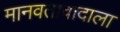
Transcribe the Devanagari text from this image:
मानवतावादाला